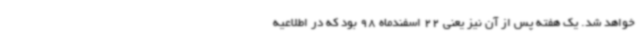
خواهد شد. یک هفته پس از آن نیز یعنی 22 اسفندماه 98 بود که در اطلاعیه